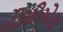
બીસીએસ